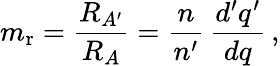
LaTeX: m_{\mathrm{r}}={\frac{R_{A^{\prime}}}{R_{A}}}={\frac{n}{n^{\prime}}}\, {\frac{d^{\prime}q^{\prime}}{dq}}\, ,